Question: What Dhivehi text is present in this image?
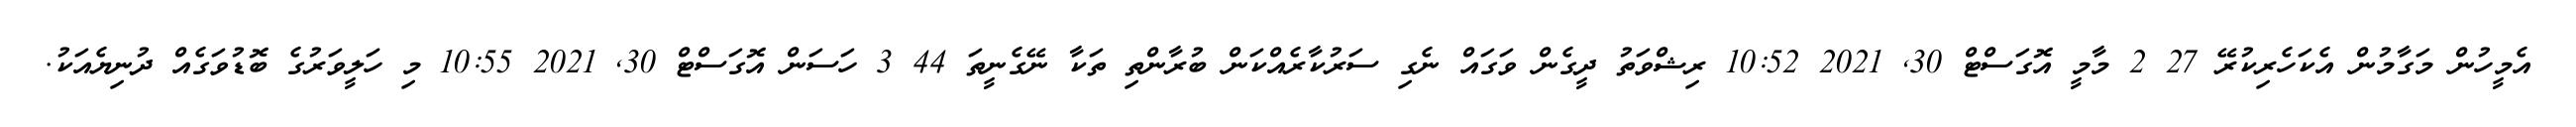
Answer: އެމީހުން މަގާމުން އެކަހެރިކުރޭ 27 2 މާމީ އޮގަސްޓް 30, 2021 10:52 ރިޝްވަތު ދީގެން ވަގައް ނެގި ސަރުކާރެއްކަން ބުރާންތި ތަކާ ނޭގެނީތަ 44 3 ހަސަން އޮގަސްޓް 30, 2021 10:55 މި ހަލީވަރުގެ ބޮޑުވަގެއް ދުނިޔެއަކު.